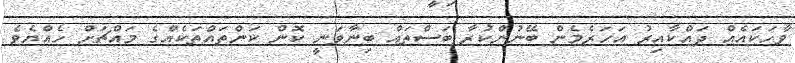
ވާހަކައެއް ދައްކާއިރު އަހަރެމެން ބޭނުންކުރާ ބަސްތައް ބިނާވަނީ ކޮން ކަންތައްތަކެއްގެ މައްޗަށް ހެއްޔެވެ